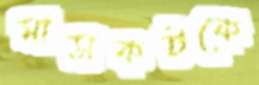
মাসকটকে